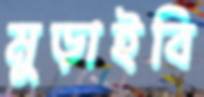
মুড়াইবি